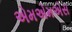
એમએમએસ